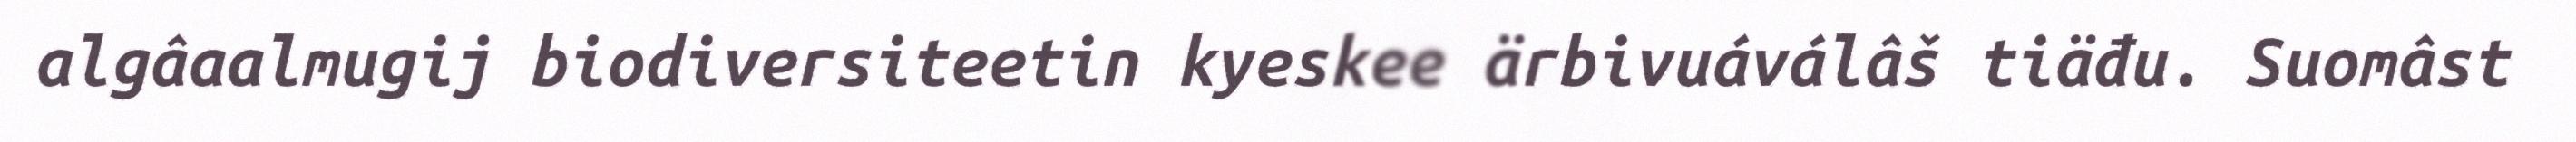
algâaalmugij biodiversiteetin kyeskee ärbivuáválâš tiäđu. Suomâst